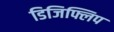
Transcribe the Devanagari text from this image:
डिजिफ्लिप